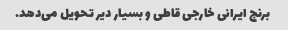
برنج ایرانی خارجی قاطی و بسیار دیر تحویل می‌دهد.